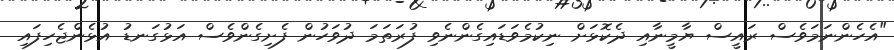
"އެހެންނަމަވެސް ރައީސް ޔާމީނާއި ދެކޮޅަށް ނިކުމެވަޑައިގެންނެވި ފުރަތަމަ ދުވަހުން ފެށިގެންވެސް އަޅުގަނޑު އުޅެންޖެހިފައި